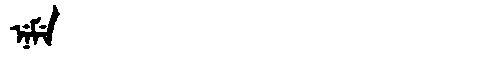
Manchu: ᠨᡝᠮᡝ
Romanization: NEME